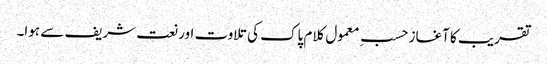
تقریب کا آغاز حسبِ معمول کلام پاک کی تلاوت اور نعت شریف سے ہوا۔